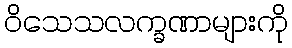
ဝိသေသလက္ခဏာများကို